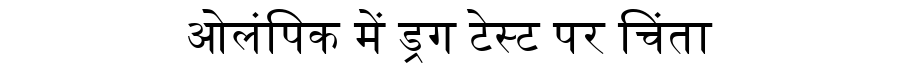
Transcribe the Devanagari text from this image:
ओलंपिक में ड्रग टेस्ट पर चिंता